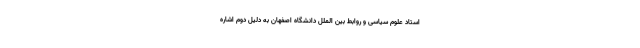
استاد علوم سیاسی و روابط بین الملل دانشگاه اصفهان به دلیل دوم اشاره